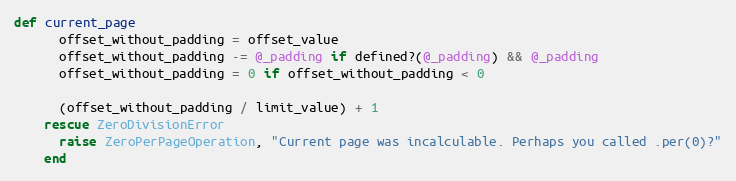
Language: Ruby
def current_page
      offset_without_padding = offset_value
      offset_without_padding -= @_padding if defined?(@_padding) && @_padding
      offset_without_padding = 0 if offset_without_padding < 0

      (offset_without_padding / limit_value) + 1
    rescue ZeroDivisionError
      raise ZeroPerPageOperation, "Current page was incalculable. Perhaps you called .per(0)?"
    end